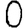
Digit: 0